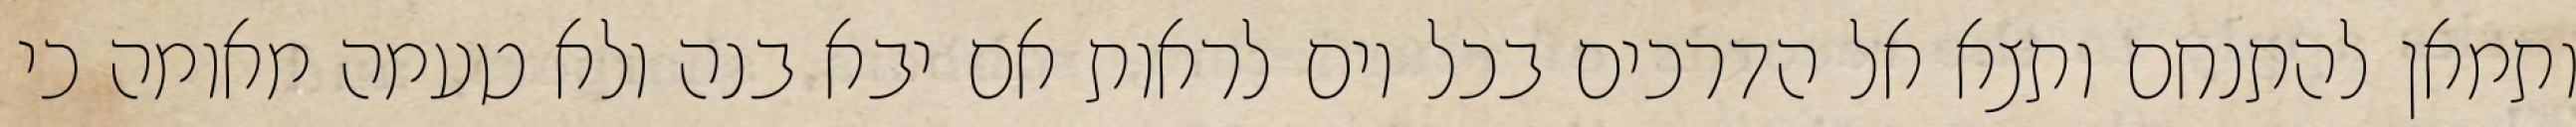
ותמאן להתנחם ותצא אל הדרכים בכל יום לראות אם יבא בנה ולא טעמה מאומה כי